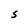
Character: S